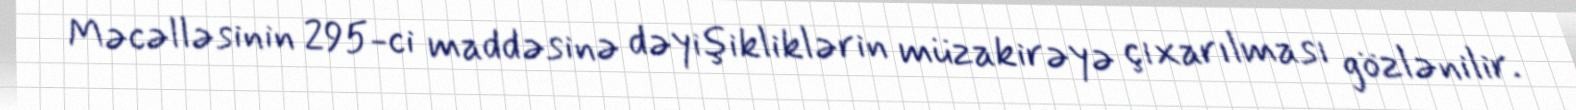
Məcəlləsinin 295-ci maddəsinə dəyişikliklərin müzakirəyə çıxarılması gözlənilir.